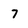
Character: 7